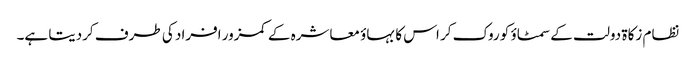
نظام زکاة دولت کے سمٹاؤ کو روک کر اس کا بہاؤ معاشرہ کے کمزور افراد کی طرف کردیتا ہے۔